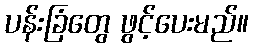
ပန်းခြံတွေ ဖွင့်ပေးမည်။